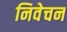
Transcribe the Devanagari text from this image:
निवेचन